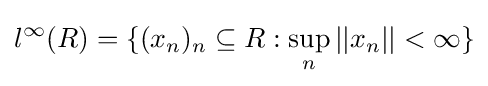
l^{\infty }(R)=\{(x_{n})_{n}\subseteq R:\sup _{n}||x_{n}||<\infty \}